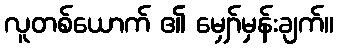
လူတစ်ယောက် ၏ မျှော်မှန်းချက်။